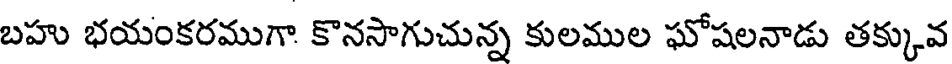
బహు భయంకరముగా కొనసాగుచున్న కులముల ఘోషలనాడు తక్కువ